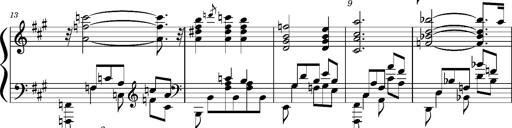
Title: Concerto sans orchestre, S.524a
Composer: Franz Liszt
Key: A major